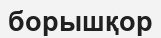
борышқор